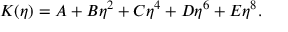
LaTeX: K ( \eta ) = A + B \eta ^ { 2 } + C \eta ^ { 4 } + D \eta ^ { 6 } + E \eta ^ { 8 } .